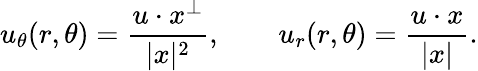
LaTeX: u_{\theta}(r,\theta)=\frac{u\cdot x^{\perp}}{|x|^{2}},\qquad u_{r}(r,\theta)=\frac{u\cdot x}{|x|}.